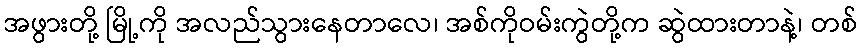
အဖွားတို့ မြို့ကို အလည်သွားနေတာလေ၊ အစ်ကိုဝမ်းကွဲတို့က ဆွဲထားတာနဲ့၊ တစ်